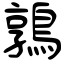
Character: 鶉